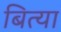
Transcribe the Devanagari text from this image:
बित्या